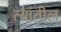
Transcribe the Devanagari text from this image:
त्‍यांतील